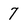
Character: 7